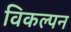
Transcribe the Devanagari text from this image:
विकल्पन